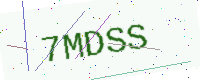
Text: 7MDSS